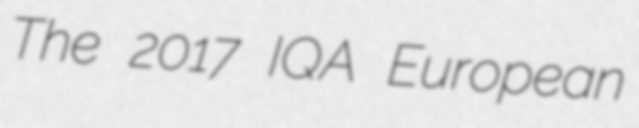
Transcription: The 2017 IQA European